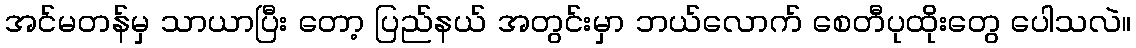
အင်မတန်မှ သာယာပြီး တော့ ပြည်နယ် အတွင်းမှာ ဘယ်လောက် စေတီပုထိုးတွေ ပေါသလဲ။